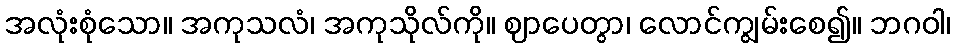
အလုံးစုံသော။ အကုသလံ၊ အကုသိုလ်ကို။ ဈာပေတွာ၊ လောင်ကျွမ်းစေ၍။ ဘဂဝါ၊